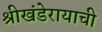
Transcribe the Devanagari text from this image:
श्रीखंडेरायाची